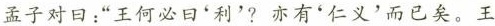
孟子对曰：”王何必曰'利'?亦有'仁义'而已矣。王